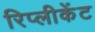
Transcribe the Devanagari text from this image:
रिप्लीकेंट